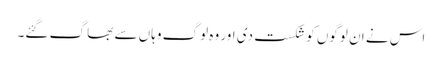
اس نے ان لوگوں کو شکست دی اور وہ لوگ وہاں سے بھا گ گئے۔